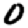
Digit: 0